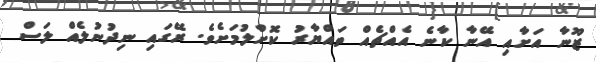
ޒޫނާ އަށާއި އޭނާ ކާނެ އެއްޗެއް ތައްޔާރު ކޮށްލުމަށެވެ. ރޭގައި ނިދުނުލެއް ލަސް